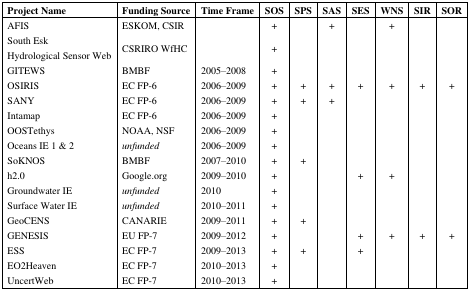
<table><thead><tr><td><b>Project Name</b></td><td><b>Funding Source</b></td><td><b>Time Frame</b></td><td><b>SOS</b></td><td><b>SPS</b></td><td><b>SAS</b></td><td><b>SES</b></td><td><b>WNS</b></td><td><b>SIR</b></td><td><b>SOR</b></td></tr></thead><tbody><tr><td>AFIS</td><td>ESKOM, CSIR</td><td></td><td>+</td><td></td><td>+</td><td></td><td>+</td><td></td><td></td></tr><tr><td>South EskHydrological Sensor Web</td><td>CSRIRO WfHC</td><td></td><td>+</td><td></td><td></td><td></td><td></td><td></td><td></td></tr><tr><td>GITEWS</td><td>BMBF</td><td>2005–2008</td><td>+</td><td></td><td></td><td></td><td></td><td></td><td></td></tr><tr><td>OSIRIS</td><td>EC FP-6</td><td>2006–2009</td><td>+</td><td>+</td><td>+</td><td>+</td><td>+</td><td>+</td><td>+</td></tr><tr><td>SANY</td><td>EC FP-6</td><td>2006–2009</td><td>+</td><td>+</td><td>+</td><td></td><td></td><td></td><td></td></tr><tr><td>Intamap</td><td>EC FP-6</td><td>2006–2009</td><td>+</td><td></td><td></td><td></td><td></td><td></td><td></td></tr><tr><td>OOSTethys</td><td>NOAA, NSF</td><td>2006–2009</td><td>+</td><td></td><td></td><td></td><td></td><td></td><td></td></tr><tr><td>Oceans IE 1 &amp; 2</td><td><i>unfunded</i></td><td>2006–2009</td><td>+</td><td></td><td></td><td></td><td></td><td></td><td></td></tr><tr><td>SoKNOS</td><td>BMBF</td><td>2007–2010</td><td>+</td><td>+</td><td></td><td></td><td></td><td></td><td></td></tr><tr><td>h2.0</td><td>Google.org</td><td>2009–2010</td><td>+</td><td></td><td></td><td>+</td><td>+</td><td></td><td></td></tr><tr><td>Groundwater IE</td><td><i>unfunded</i></td><td>2010</td><td>+</td><td></td><td></td><td></td><td></td><td></td><td></td></tr><tr><td>Surface Water IE</td><td><i>unfunded</i></td><td>2010–2011</td><td>+</td><td></td><td></td><td></td><td></td><td></td><td></td></tr><tr><td>GeoCENS</td><td>CANARIE</td><td>2009–2011</td><td>+</td><td>+</td><td></td><td></td><td></td><td></td><td></td></tr><tr><td>GENESIS</td><td>EU FP-7</td><td>2009–2012</td><td>+</td><td></td><td></td><td>+</td><td>+</td><td>+</td><td>+</td></tr><tr><td>ESS</td><td>EC FP-7</td><td>2009–2013</td><td>+</td><td>+</td><td></td><td>+</td><td></td><td></td><td></td></tr><tr><td>EO2Heaven</td><td>EC FP-7</td><td>2010–2013</td><td>+</td><td></td><td></td><td></td><td></td><td></td><td></td></tr><tr><td>UncertWeb</td><td>EC FP-7</td><td>2010–2013</td><td>+</td><td></td><td></td><td></td><td></td><td></td><td></td></tr></tbody></table>